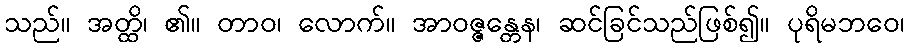
သည်။ အတ္ထိ၊ ၏။ တာဝ၊ လောက်။ အာဝဇ္ဇန္တေန၊ ဆင်ခြင်သည်ဖြစ်၍။ ပုရိမဘဝေ၊